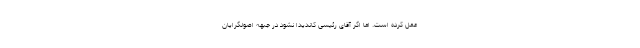
عمل کرده است. اما اگر آقای رئیسی کاندیدا نشود در جبهه اصولگرایان